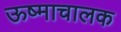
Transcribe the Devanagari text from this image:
ऊष्माचालक